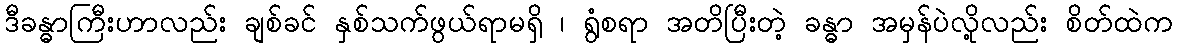
ဒီခန္ဓာကြီးဟာလည်း ချစ်ခင် နှစ်သက်ဖွယ်ရာမရှိ ၊ ရွံစရာ အတိပြီးတဲ့ ခန္ဓာ အမှန်ပဲလို့လည်း စိတ်ထဲက